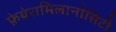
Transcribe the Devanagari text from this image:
फ़ेयेरामिलानोसिटी